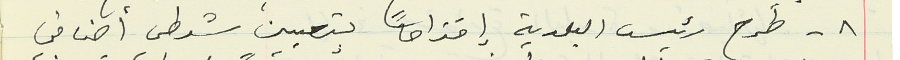
٨ - طرح رئيس البلدية إقتراحاً بتعيين شرطي أضافي